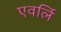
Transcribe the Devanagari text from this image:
एवर्लि